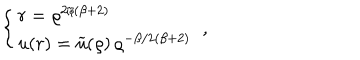
\left\{ \begin{array} { l } { { r = \varrho ^ { 2 / ( \beta + 2 ) } \nonumber } } \\ { { u ( r ) = \widetilde { u } ( \varrho ) \, \varrho ^ { - \beta / 2 ( \beta + 2 ) } } } \\ \end{array} \right. \; ,